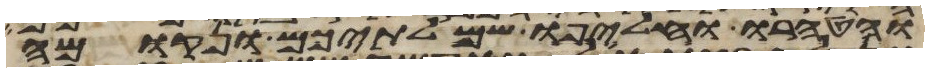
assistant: והטהרו והחליפו שמלתיכם ונקומה